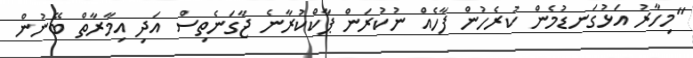
"މިހާރު އަޅުގަނޑުމެން ކުރެހުން ފާހެއް ނުކުރަން ޕާކްކުރާނެ ޖާގަނެތިސް އަދި އިމާރާތް ބޭނުން